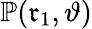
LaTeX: \mathbb{P}(\mathfrak{r}_{1},\vartheta)